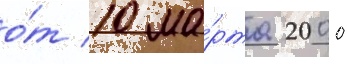
о́т 10 ма́рта 2000